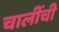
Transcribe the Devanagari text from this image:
चालींची